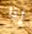
إذا